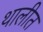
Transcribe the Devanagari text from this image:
थालीत